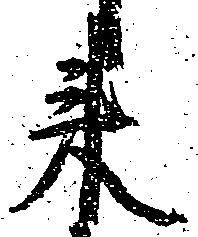
来